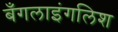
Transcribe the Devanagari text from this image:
बँगलाइंगलिश